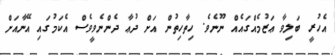
އެހުރީ ބަލިވާ ޢަޒުމެއްގައެއް ނޫނެވެ. ހިތާހިތުން އަށް ދުޢާ ދެންނެވީވެސް އެކަމުގައި އޭނާއަށް